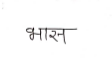
मजकूर: भास